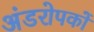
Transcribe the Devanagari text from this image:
अंडरोपकों